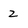
Character: 2